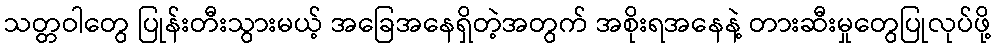
သတ္တဝါတွေ ပြုန်းတီးသွားမယ့် အခြေအနေရှိတဲ့အတွက် အစိုးရအနေနဲ့ တားဆီးမှုတွေပြုလုပ်ဖို့